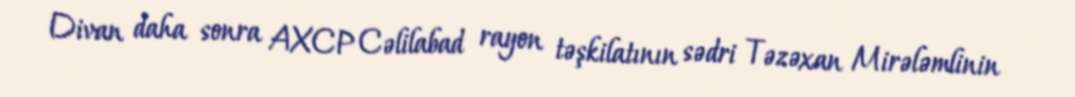
Divan daha sonra AXCP Cəlilabad rayon təşkilatının sədri Təzəxan Mirələmlinin